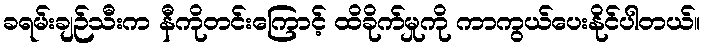
ခရမ်းချဉ်သီးက နီကိုတင်းကြောင့် ထိခိုက်မှုကို ကာကွယ်ပေးနိုင်ပါတယ်။